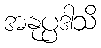
အနုပ္ပဒါသိ